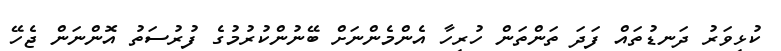
ކުޅިވަރު ދަނޑުތައް ފަދަ ތަންތަން ހުރިހާ އެންމެންނަށް ބޭނުންކުރުމުގެ ފުރުސަތު އޮންނަން ޖެހޭ